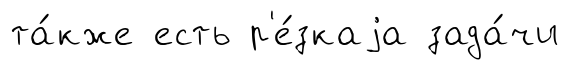
та́кже есть р'е́зкаjа зада́чи